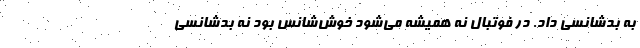
به بدشانسی داد. در فوتبال نه همیشه می‌شود خوش‌شانس بود نه بدشانسی